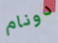
دونام